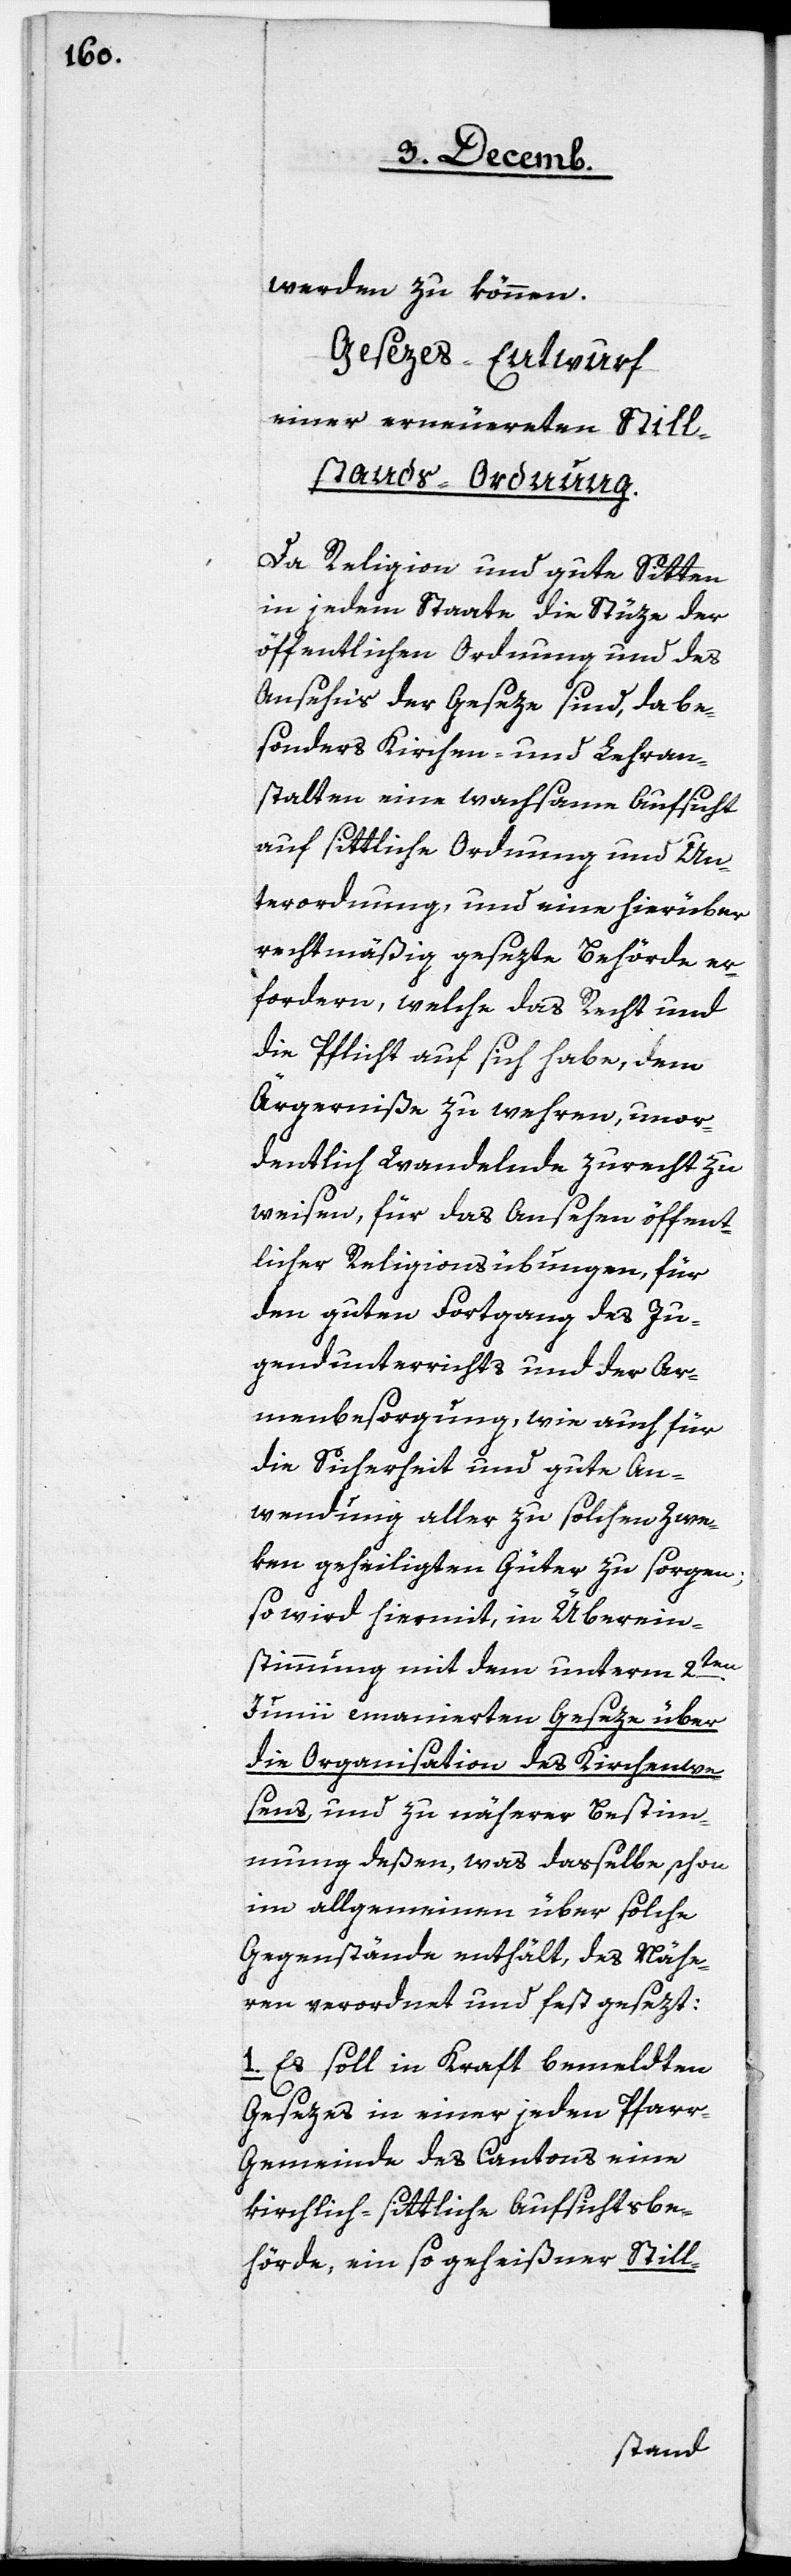
werden zu können.
Gesezes-Entwurf
einer erneuerten Still¬
stands-Ordnung.
Da Religion und gute Sitten
in jedem Staate die Stüze der
öffentlichen Ordnung und des
Ansehn‘s der Geseze sind, da be¬
sonders Kirchen- und Lehran¬
stalten eine wachsame Aufsicht
auf sittliche Ordnung und Un¬
terordnung, und eine hierüber
rechtmäßig gesezte Behörde er¬
fordern, welche das Recht und
die Pflicht auf sich habe, dem
Ärgerniße zu wehren, unor¬
dentlich Wandelnde zurecht zu
weisen, für das Ansehen öffent¬
licher Religionsübungen, für
den guten Fortgang des Ju¬
gendunterrichts und der Ar¬
menbesorgung, wie auch für
die Sicherheit und gute An¬
wendung aller zu solchen Zwe¬
ken geheiligten Güter zu sorgen;
so wird hiermit, in Überein¬
stimmung mit dem unterm 2ten.
Junii emanierten Geseze über
die Organisation des Kirchenwe¬
sens, und zu näherer Bestim¬
mung deßen, was dasselbe schon
im allgemeinen über solche
Gegenstände enthält, des Nähe¬
ren verordnet und fest gesezt:
Es soll in Kraft bemeldten
Gesezes in einer jeden Pfar¬
r-Gemeinde des Cantons eine
kirchlich-sittliche Aufsichtsbe¬
hörde, ein so geheißner Still-